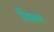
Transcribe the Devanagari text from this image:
हिंसेमध्ये